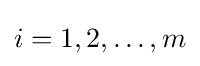
i=1,2,\ldots ,m